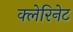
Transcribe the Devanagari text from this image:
क्लेरिनेट